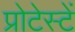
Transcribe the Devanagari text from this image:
प्रोटेस्टें